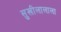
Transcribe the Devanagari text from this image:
सुखीलालाला